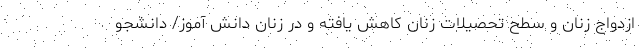
ازدواج زنان و سطح تحصیلات زنان کاهش یافته و در زنان دانش آموز/ دانشجو